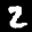
Label: 2